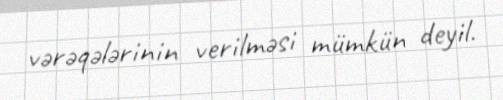
vərəqələrinin verilməsi mümkün deyil.